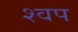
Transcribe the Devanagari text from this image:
श्वप